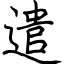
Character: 遣